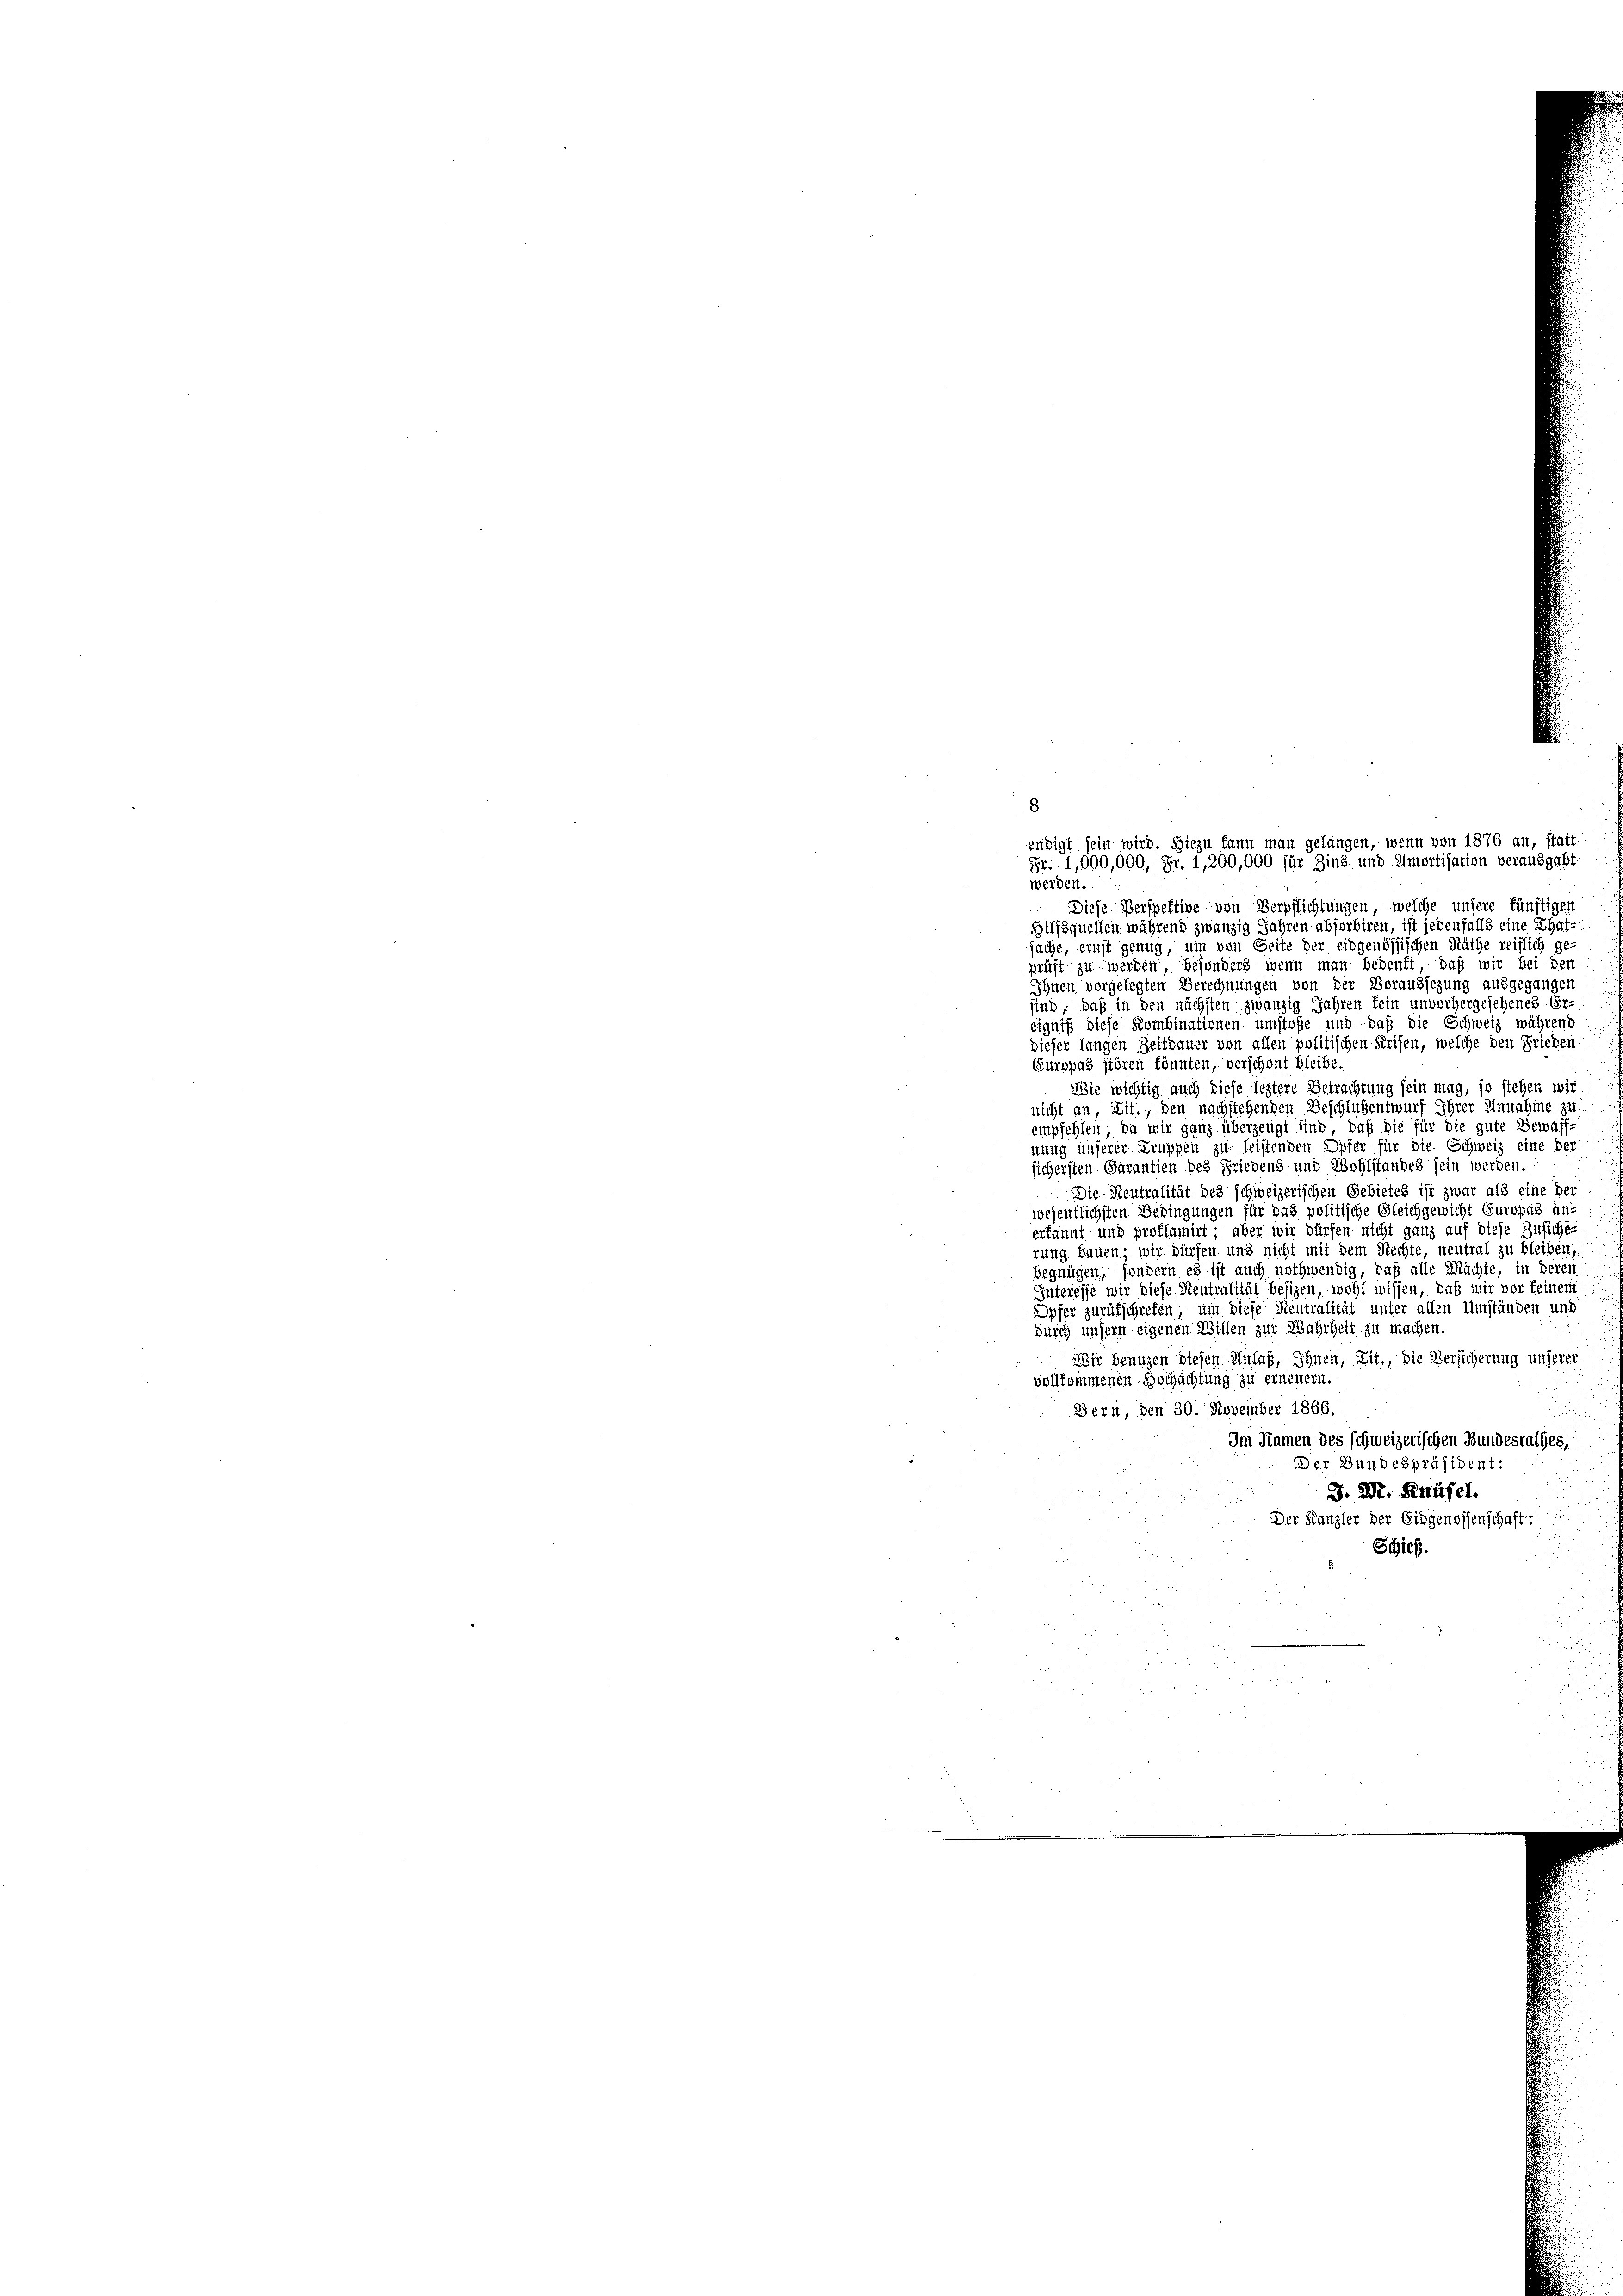
werden.
Diese Verspektive von Verpflichtungen, welche unsere fünftigen
Bilfsquellen während zwanzig Jahren absorbiren, ist jedenfalls eine Thatsache, ernst genug, um von Seite der eidgenössischen Räthe reiflich ge-
prüft zu werden besonders wenn man bedenkt, daß wir bei den
Ihnen vorgelegten Berechnungen von der Voraussezung ausgegangen
sind, daß in den nächsten zwanzig Jahren kein unvorhergesehenes Er-
eigniß diese Kombinationen umstöße und daß die Schweiz während
dieser langen Zeitdauer von allen politischen Frisen, welche den Frieden
Europas stören könnten, verschont bleibe.
Wie wichtig auch diese leztere Betrachtung sein mag, so stehen wir
nicht an, Zit., den nachstehenden Beschlußentwurf Ihrer Annahme zu
empfehlen, da wir ganz überzeugt sind, daß die für die gute Bewaffnung unserer Truppen zu leistenden Opfer für die Schweiz eine der
sichersten Garantien des Friedens und Wohlstandes sein werden.
Die Steutralität des schweizerischen Gebietes ist zwar als eine der
wesentlichsten Bedingungen für das politische Gleichgewicht Europas an
erkannt und proflamirt, aber wir dürfen nicht ganz auf diese Zusiche-
rung bauen, wir dürfen und nicht mit dem Rechte, neutral zu bleiben,
begnügen, sondern es ist auch nothwendig, daß alle Mächte, in deren
Interesse wir diese Neutralität besizen, wohl wissen, daß wir vor keinem
Opfer zurükschrefen, um diese Neutralität unter allen Umständen und
durch unsern eigenen Willen zur Wahrheit zu machen.
Wir benuzen diesen Anlaß, Ihnen, Lit., die Versicherung unserer
vollkommenen Hochachtung zu erneuern.
d
Bern, den 30. November 1866.
Im Namen des schweizerischen Bundesrathes,
Der Bundespräsident:
J. Dr. Knüsel.
Der Kanzler der Eidgenossenschaft:
Schieß.
.
e
 9

8
endigt sein wird. Hiezu kann man gelangen, wenn von 1876 an, statt
Fr. 1,000,000, Fr. 1,200,000 für Zins und Amortisation verausgabt.